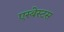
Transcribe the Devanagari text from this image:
एस्‍बेस्‍टस